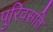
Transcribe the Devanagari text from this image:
पुरिवसति